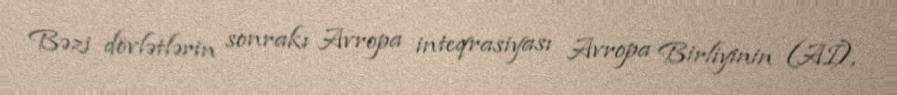
Bəzi dövlətlərin sonrakı Avropa inteqrasiyası Avropa Birliyinin (Aİ),